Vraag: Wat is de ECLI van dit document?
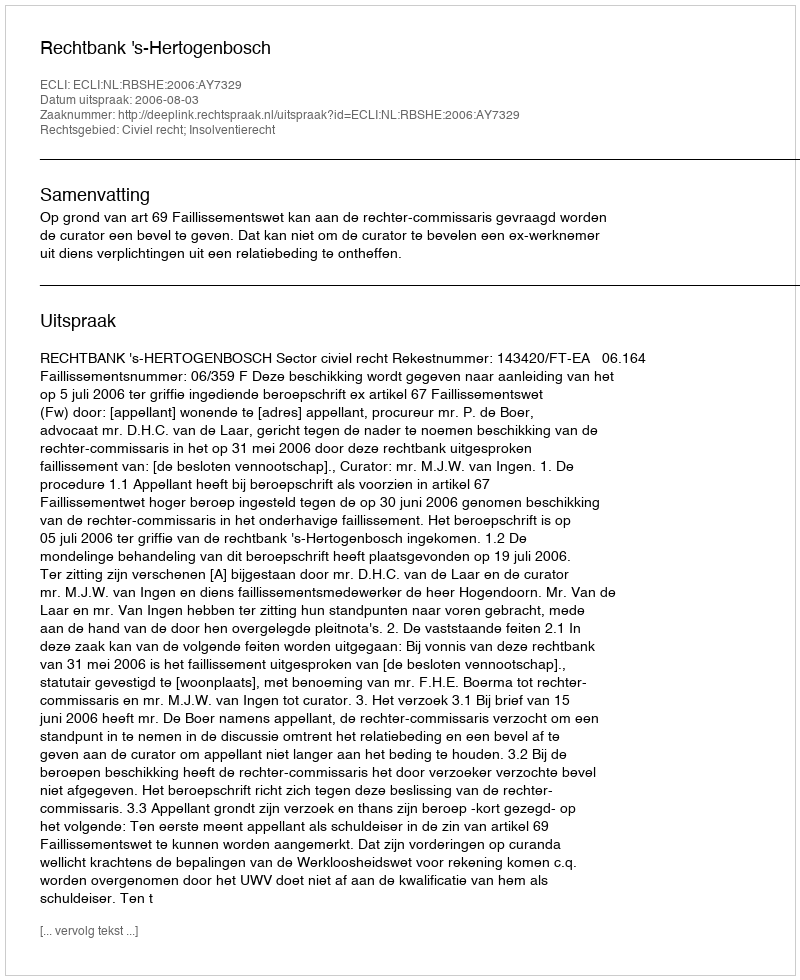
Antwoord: ECLI:NL:RBSHE:2006:AY7329